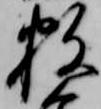
数